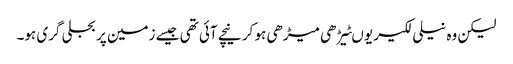
لیکن وہ نیلی لکیر یوںٹیڑھی میڑھی ہو کر نیچے آئی تھی جیسے زمین پر بجلی گری ہو۔